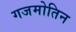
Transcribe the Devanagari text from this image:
गजमोतिन